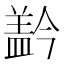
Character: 𰥂